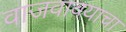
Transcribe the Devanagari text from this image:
वाजवावयाचा